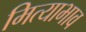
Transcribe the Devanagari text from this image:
मित्याभाव